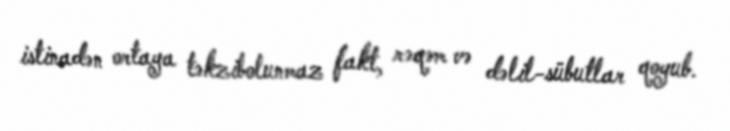
istinadən ortaya təkzibolunmaz fakt, rəqəm və dəlil-sübutlar qoyub.